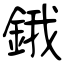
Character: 鋨